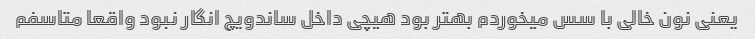
یعنی نون خالی با سس میخوردم بهتر بود هیچی داخل ساندویچ انگار نبود واقعا متاسفم